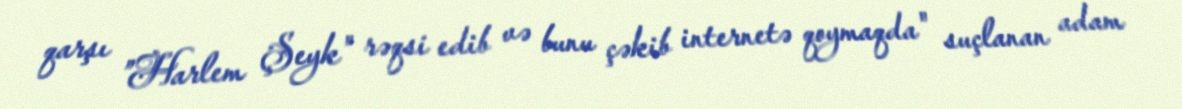
qarşı ”Harlem Şeyk" rəqsi edib və bunu çəkib internetə qoymaqda" suçlanan adam